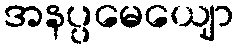
အနပ္ပမေယျော